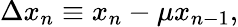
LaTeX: \Delta x_{n}\equiv x_{n}-\mu x_{n-1},